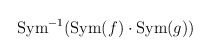
\begin{align*}\mbox{Sym}^{-1}(\mbox{Sym}(f)\cdot\mbox{Sym}(g))\end{align*}